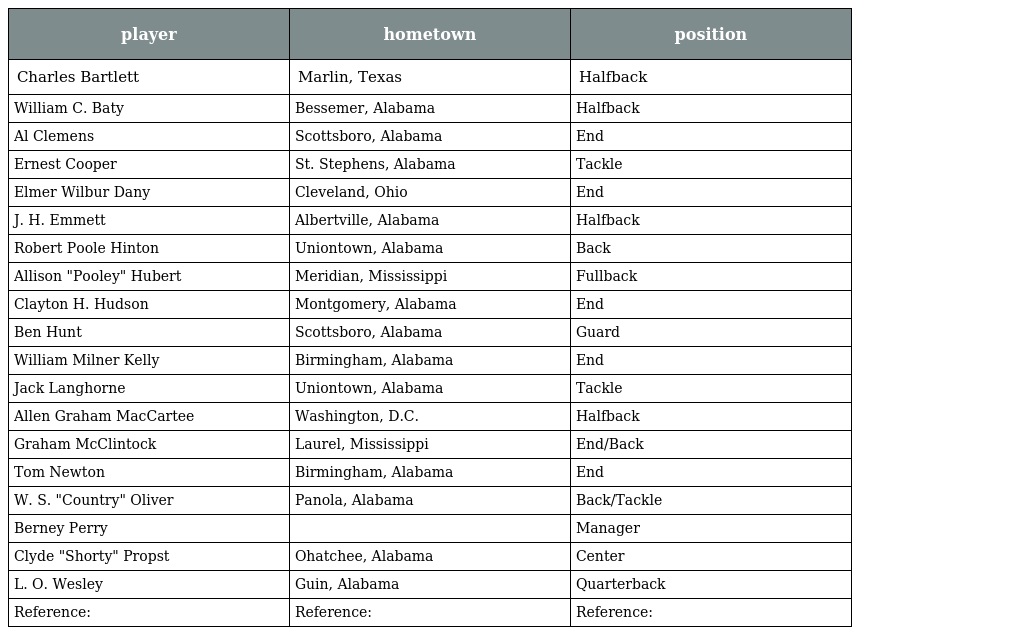
| player | hometown | position |
 | --- | --- | --- |
 | Charles Bartlett | Marlin, Texas | Halfback |
 | William C. Baty | Bessemer, Alabama | Halfback |
 | Al Clemens | Scottsboro, Alabama | End |
 | Ernest Cooper | St. Stephens, Alabama | Tackle |
 | Elmer Wilbur Dany | Cleveland, Ohio | End |
 | J. H. Emmett | Albertville, Alabama | Halfback |
 | Robert Poole Hinton | Uniontown, Alabama | Back |
 | Allison "Pooley" Hubert | Meridian, Mississippi | Fullback |
 | Clayton H. Hudson | Montgomery, Alabama | End |
 | Ben Hunt | Scottsboro, Alabama | Guard |
 | William Milner Kelly | Birmingham, Alabama | End |
 | Jack Langhorne | Uniontown, Alabama | Tackle |
 | Allen Graham MacCartee | Washington, D.C. | Halfback |
 | Graham McClintock | Laurel, Mississippi | End/Back |
 | Tom Newton | Birmingham, Alabama | End |
 | W. S. "Country" Oliver | Panola, Alabama | Back/Tackle |
 | Berney Perry |  | Manager |
 | Clyde "Shorty" Propst | Ohatchee, Alabama | Center |
 | L. O. Wesley | Guin, Alabama | Quarterback |
 | Reference: | Reference: | Reference: |